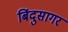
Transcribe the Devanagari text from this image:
बिंदुसागर